Annual administration report of the Civil Veterinary Department of India - 1897-1898
Year: 1897
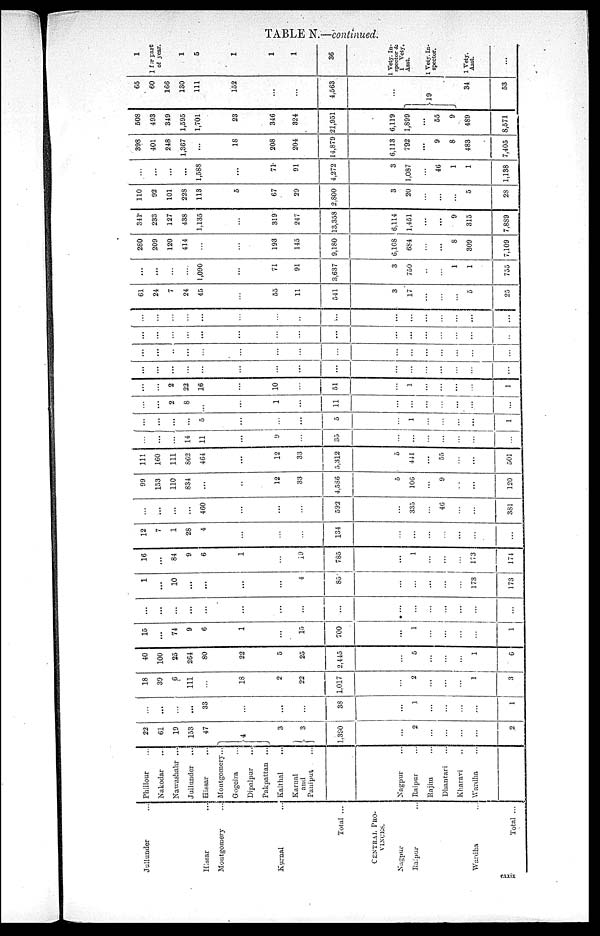
TABLE N.—continued.
Jullunder ...
Hissar
Montgomery
Kurnal
Total ...
CENTRAL PRO-
VINCES.
Nagpur
Raipur
Wardha ...
Total ...
Phillour
Nakodar
Nawashahr ...
Juilunder
Hissar
Montgomery...
Gogeira...
Dipalpar ...
Pakpattan
...
Kaithal ...
Karnal
and
Paniput ...
Nagpur ...
Raipur ...
Rajim ...
Dhantari ...
Kharavi ...
Wardha ...
22
61
19
153
47
4
3
3
1.380
...
2
...
...
...
...
2
...
...
...
...
33
...
...
...
38
...
1
...
...
...
...
1
18
39
6
111
...
18
2
22
1,017
...
2
...
...
...
1
3
40
100
25
264
80
22
5
25
2,445
...
5
...
...
...
1
6
15
...
74
9
6
1
...
15
700
...
1
...
...
...
...
1
...
...
...
...
...
...
...
...
...
...
...
...
...
...
...
...
1
...
10
...
...
...
...
4
85
...
...
...
...
...
173
173
16
...
84
9
6
1
...
19
785
...
1
...
...
...
173
174
12
7
1
28
4
...
...
...
134
...
...
...
...
...
...
...
...
...
...
...
460
...
...
...
592
...
335
...
46
...
...
381
99
153
110
834
...
...
12
33
4,586
5
106
...
9
...
...
120
111
160
111
862
464
...
12
33
5,312
5
441
...
55
...
...
501
...
...
...
14
11
...
9
...
35
...
...
...
...
...
...
...
...
...
...
5
...
...
...
5
...
1
...
...
...
...
1
...
...
2
8
...
...
1
...
11
...
...
...
...
...
...
...
...
...
2
22
16
...
10
...
51
...
1
...
...
...
...
1
...
...
...
...
...
...
...
...
...
...
...
...
...
...
...
...
...
...
...
...
...
...
...
...
...
...
...
...
...
...
...
...
...
...
...
...
...
...
...
...
...
...
...
...
...
...
...
...
...
...
...
...
...
...
...
...
...
...
...
...
...
...
...
...
...
...
61
24
7
24
45
...
55
11
541
3
17
...
...
...
5
25
...
...
...
...
1,090
...
71
91
3,637
3
750
...
...
1
...
1
755
280
209
120
414
...
...
193
145
9.180
6.108
684
...
...
8
...
309
7,109
341
233
127
438
1,135
...
319
247
13.358
6.114
1,451
...
...
9
...
315
7,889
110
92
101
228
113
5
67
29
2,800
3
20
...
...
...
5
28
...
...
...
...
1,588
...
71
91
4,272
3
1,087
46
1
1
1,138
398
401
248
1,367
...
18
208
204
14,879
6,113
792
9
8
483
7,405
508
493
349
1,595
1,701
23
346
324
21,951
6,119
1,899
55
9
489
8,571
65
60
166
130
111
152
...
...
4,563
19
34
53
1
1 for part
of year.
1
5
1
1
1
36
1 Vety. In-
spector &
1 Vety.
Asst.
1 Vety. In-
spector.
1 Vety.
Asst.
...
cxxix